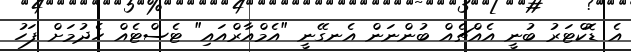
އެ ޑޮކްޓަރު ބުނީ އެއްޗެއް ބުންނަން އެނގޭނީ "އެމްއާރްއައި" ޓެސްޓެއް ހެދުމަށް ފަހު